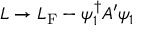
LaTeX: { \cal L } \rightarrow { \cal L } _ { \mathrm { F } } - \psi _ { 1 } ^ { \dagger } A ^ { \prime } \psi _ { 1 }